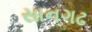
સાનગઢ